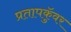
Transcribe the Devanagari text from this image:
प्रतापकुॅवर